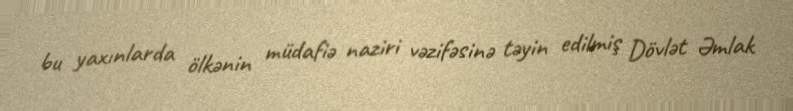
bu yaxınlarda ölkənin müdafiə naziri vəzifəsinə təyin edilmiş Dövlət Əmlak